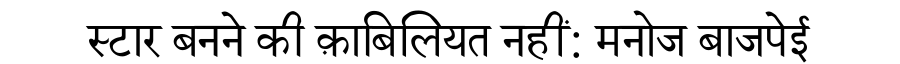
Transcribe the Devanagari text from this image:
स्टार बनने की क़ाबिलियत नहीं: मनोज बाजपेई